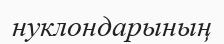
нуклондарының